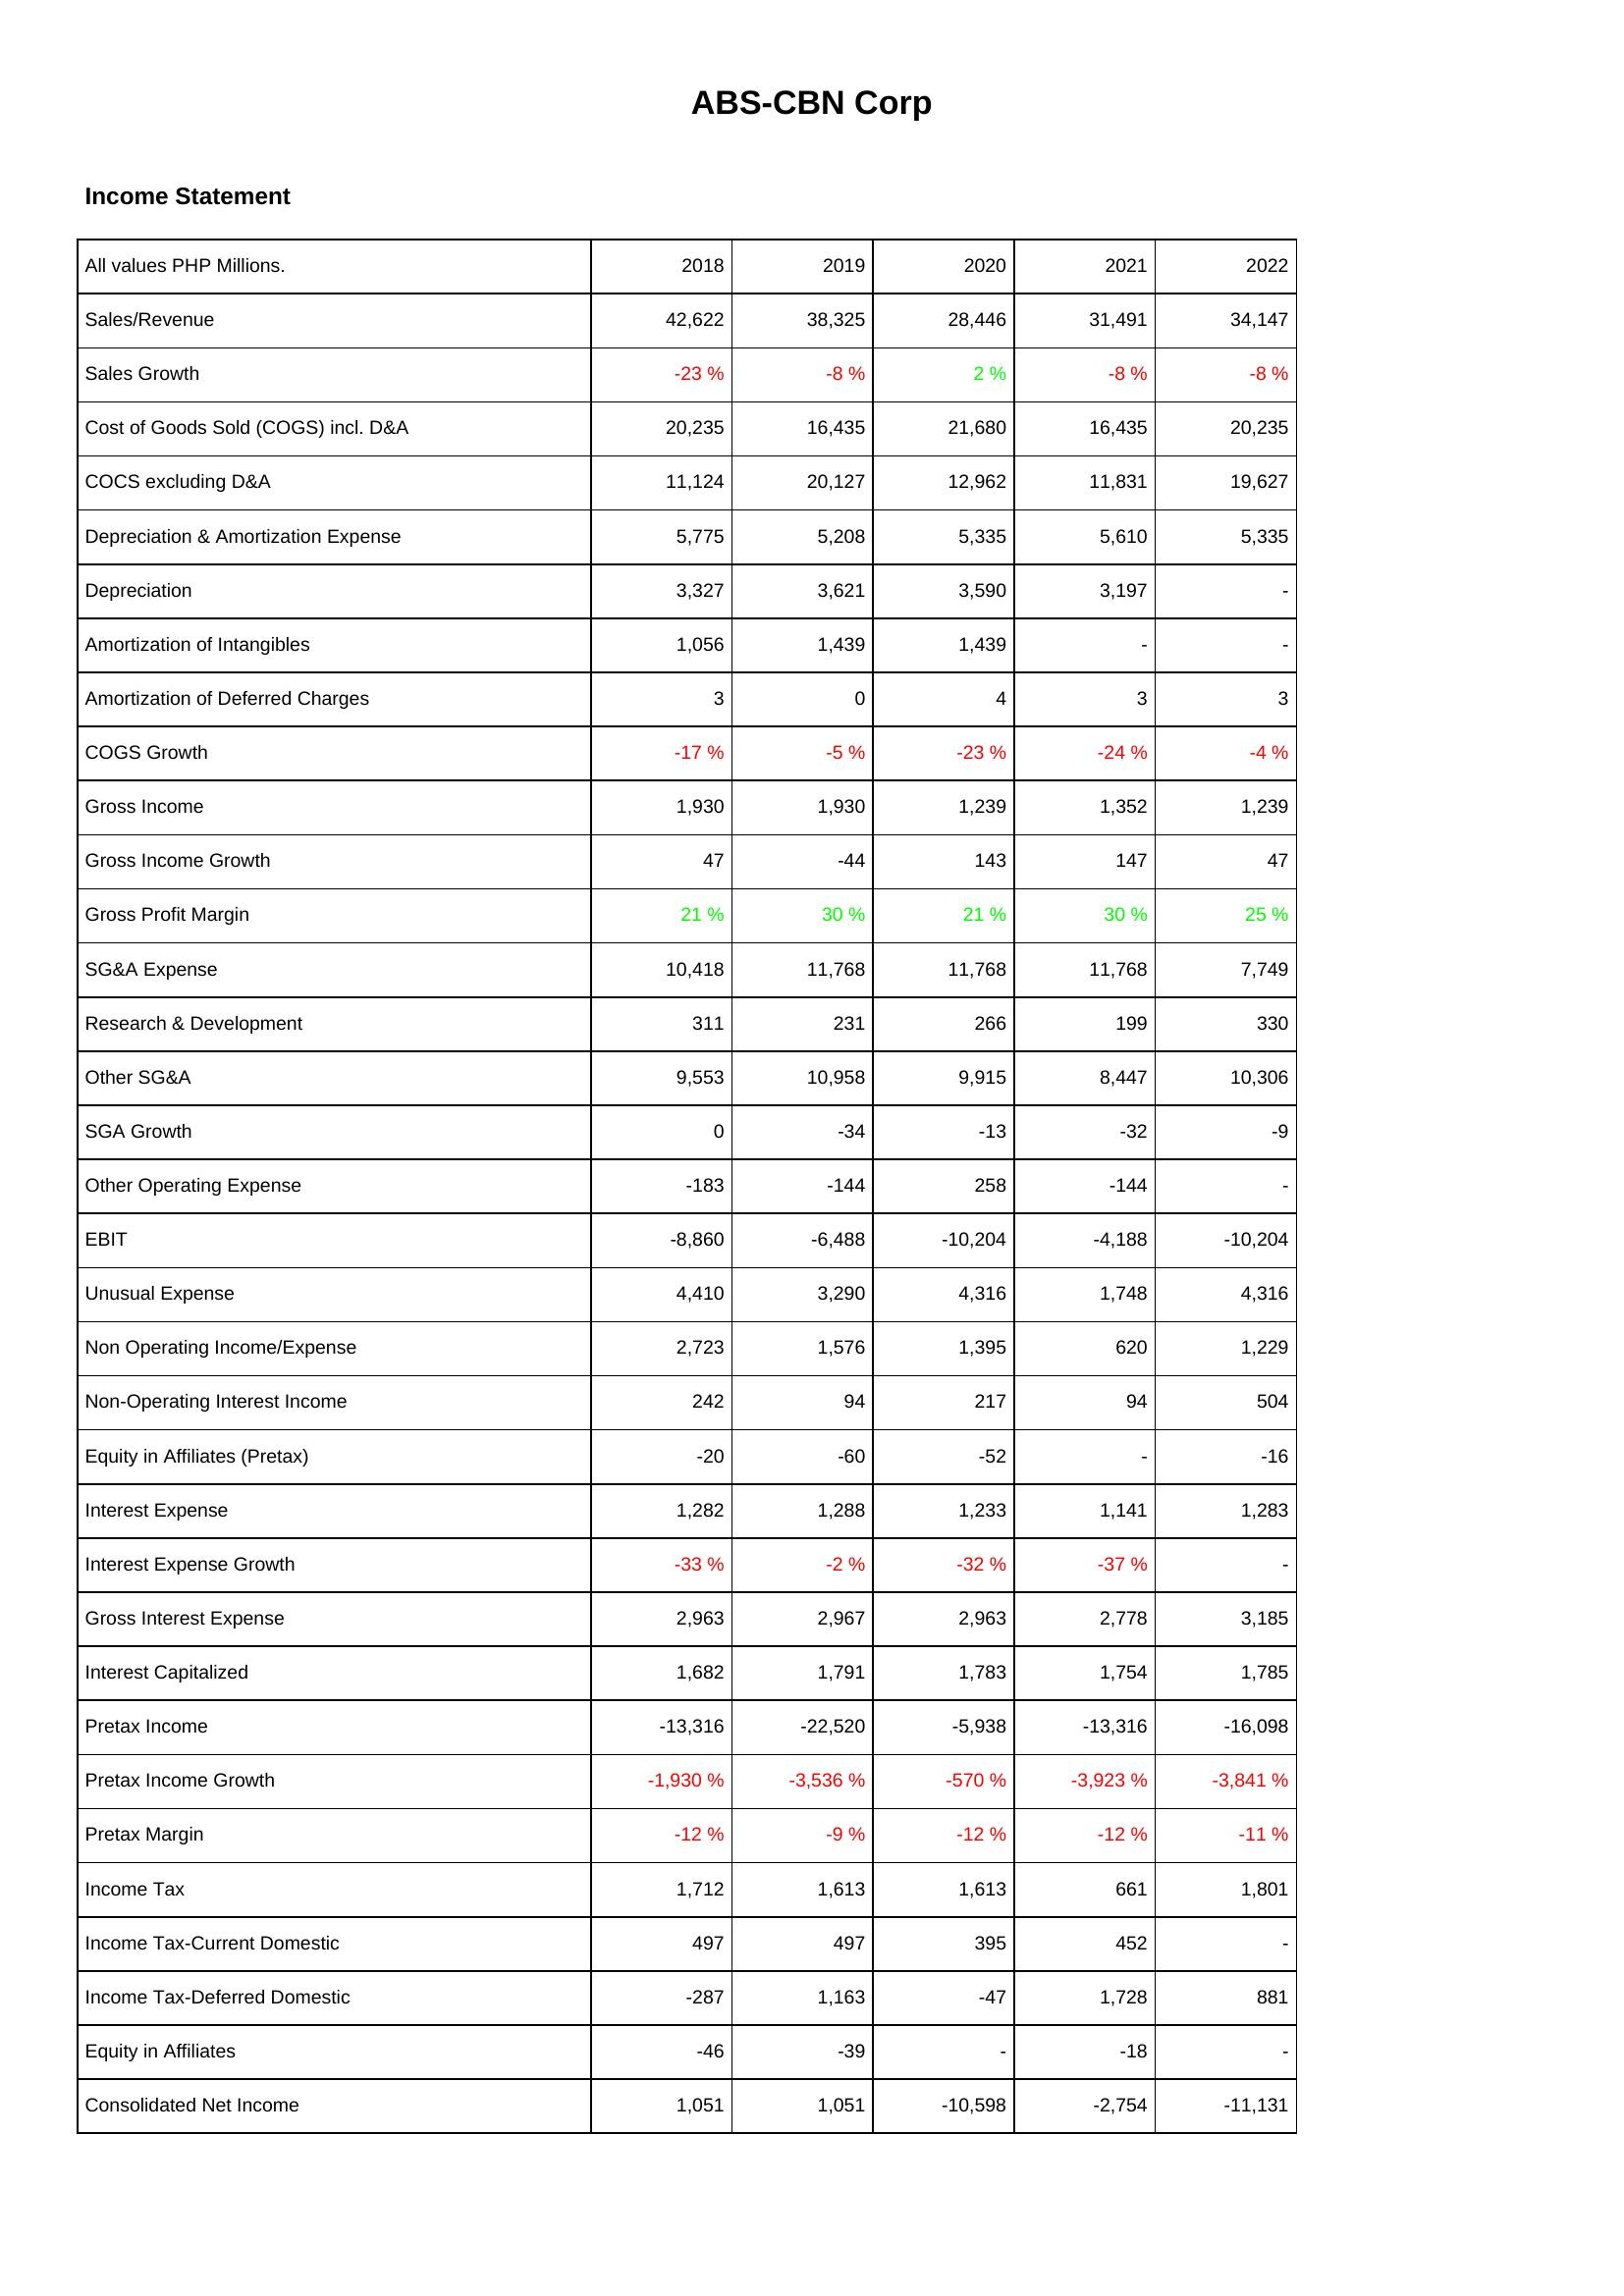
2018: Income Statement: Sales/Revenue: 42,622
Sales Growth: -23 %
Cost of Goods Sold (COGS) incl. D&A: 20,235
COCS excluding D&A: 11,124
Depreciation & Amortization Expense: 5,775
Depreciation: 3,327
Amortization of Intangibles: 1,056
Amortization of Deferred Charges: 3
COGS Growth: -17 %
Gross Income: 1,930
Gross Income Growth: 47
Gross Profit Margin: 21 %
SG&A Expense: 10,418
Research & Development: 311
Other SG&A: 9,553
SGA Growth: 0
Other Operating Expense: -183
EBIT: -8,860
Unusual Expense: 4,410
Non Operating Income/Expense: 2,723
Non-Operating Interest Income: 242
Equity in Affiliates (Pretax): -20
Interest Expense: 1,282
Interest Expense Growth: -33 %
Gross Interest Expense: 2,963
Interest Capitalized: 1,682
Pretax Income: -13,316
Pretax Income Growth: -1,930 %
Pretax Margin: -12 %
Income Tax: 1,712
Income Tax-Current Domestic: 497
Income Tax-Deferred Domestic: -287
Equity in Affiliates: -46
Consolidated Net Income: 1,051
2019: Income Statement: Sales/Revenue: 38,325
Sales Growth: -8 %
Cost of Goods Sold (COGS) incl. D&A: 16,435
COCS excluding D&A: 20,127
Depreciation & Amortization Expense: 5,208
Depreciation: 3,621
Amortization of Intangibles: 1,439
Amortization of Deferred Charges: 0
COGS Growth: -5 %
Gross Income: 1,930
Gross Income Growth: -44
Gross Profit Margin: 30 %
SG&A Expense: 11,768
Research & Development: 231
Other SG&A: 10,958
SGA Growth: -34
Other Operating Expense: -144
EBIT: -6,488
Unusual Expense: 3,290
Non Operating Income/Expense: 1,576
Non-Operating Interest Income: 94
Equity in Affiliates (Pretax): -60
Interest Expense: 1,288
Interest Expense Growth: -2 %
Gross Interest Expense: 2,967
Interest Capitalized: 1,791
Pretax Income: -22,520
Pretax Income Growth: -3,536 %
Pretax Margin: -9 %
Income Tax: 1,613
Income Tax-Current Domestic: 497
Income Tax-Deferred Domestic: 1,163
Equity in Affiliates: -39
Consolidated Net Income: 1,051
2020: Income Statement: Sales/Revenue: 28,446
Sales Growth: 2 %
Cost of Goods Sold (COGS) incl. D&A: 21,680
COCS excluding D&A: 12,962
Depreciation & Amortization Expense: 5,335
Depreciation: 3,590
Amortization of Intangibles: 1,439
Amortization of Deferred Charges: 4
COGS Growth: -23 %
Gross Income: 1,239
Gross Income Growth: 143
Gross Profit Margin: 21 %
SG&A Expense: 11,768
Research & Development: 266
Other SG&A: 9,915
SGA Growth: -13
Other Operating Expense: 258
EBIT: -10,204
Unusual Expense: 4,316
Non Operating Income/Expense: 1,395
Non-Operating Interest Income: 217
Equity in Affiliates (Pretax): -52
Interest Expense: 1,233
Interest Expense Growth: -32 %
Gross Interest Expense: 2,963
Interest Capitalized: 1,783
Pretax Income: -5,938
Pretax Income Growth: -570 %
Pretax Margin: -12 %
Income Tax: 1,613
Income Tax-Current Domestic: 395
Income Tax-Deferred Domestic: -47
Equity in Affiliates: -
Consolidated Net Income: -10,598
2021: Income Statement: Sales/Revenue: 31,491
Sales Growth: -8 %
Cost of Goods Sold (COGS) incl. D&A: 16,435
COCS excluding D&A: 11,831
Depreciation & Amortization Expense: 5,610
Depreciation: 3,197
Amortization of Intangibles: -
Amortization of Deferred Charges: 3
COGS Growth: -24 %
Gross Income: 1,352
Gross Income Growth: 147
Gross Profit Margin: 30 %
SG&A Expense: 11,768
Research & Development: 199
Other SG&A: 8,447
SGA Growth: -32
Other Operating Expense: -144
EBIT: -4,188
Unusual Expense: 1,748
Non Operating Income/Expense: 620
Non-Operating Interest Income: 94
Equity in Affiliates (Pretax): -
Interest Expense: 1,141
Interest Expense Growth: -37 %
Gross Interest Expense: 2,778
Interest Capitalized: 1,754
Pretax Income: -13,316
Pretax Income Growth: -3,923 %
Pretax Margin: -12 %
Income Tax: 661
Income Tax-Current Domestic: 452
Income Tax-Deferred Domestic: 1,728
Equity in Affiliates: -18
Consolidated Net Income: -2,754
2022: Income Statement: Sales/Revenue: 34,147
Sales Growth: -8 %
Cost of Goods Sold (COGS) incl. D&A: 20,235
COCS excluding D&A: 19,627
Depreciation & Amortization Expense: 5,335
Depreciation: -
Amortization of Intangibles: -
Amortization of Deferred Charges: 3
COGS Growth: -4 %
Gross Income: 1,239
Gross Income Growth: 47
Gross Profit Margin: 25 %
SG&A Expense: 7,749
Research & Development: 330
Other SG&A: 10,306
SGA Growth: -9
Other Operating Expense: -
EBIT: -10,204
Unusual Expense: 4,316
Non Operating Income/Expense: 1,229
Non-Operating Interest Income: 504
Equity in Affiliates (Pretax): -16
Interest Expense: 1,283
Interest Expense Growth: -
Gross Interest Expense: 3,185
Interest Capitalized: 1,785
Pretax Income: -16,098
Pretax Income Growth: -3,841 %
Pretax Margin: -11 %
Income Tax: 1,801
Income Tax-Current Domestic: -
Income Tax-Deferred Domestic: 881
Equity in Affiliates: -
Consolidated Net Income: -11,131